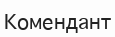
Комендант